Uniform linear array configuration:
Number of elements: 64
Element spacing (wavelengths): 0.5
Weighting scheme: hamming
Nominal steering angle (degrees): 0
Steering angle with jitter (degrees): -1.326
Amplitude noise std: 0.05
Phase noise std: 0.05

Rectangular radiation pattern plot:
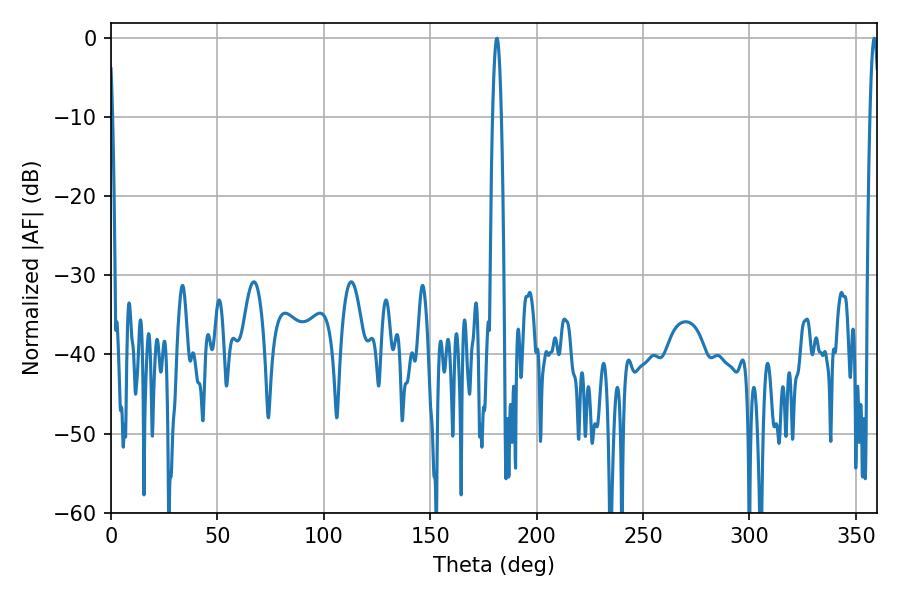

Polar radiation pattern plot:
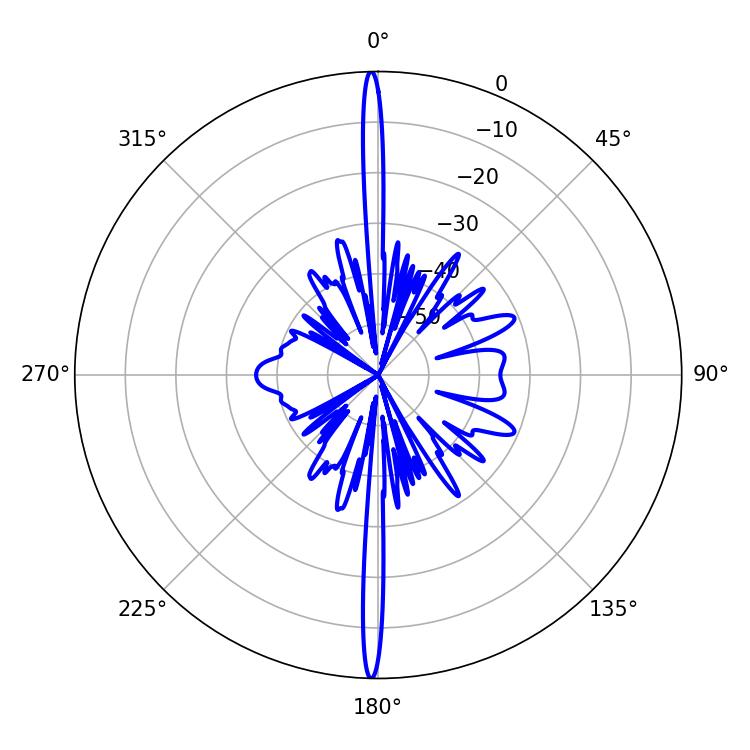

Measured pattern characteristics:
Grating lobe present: FALSE
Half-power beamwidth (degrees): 2.34
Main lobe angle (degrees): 181.26